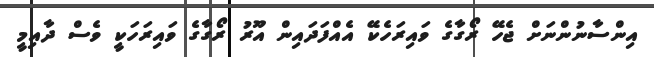
އިންސާނުންނަށް ޖެހޭ ރޯގާގެ ވައިރަހެކޭ އެއްފަދައިން އޫރު ރޯގާގެ ވައިރަހަކީ ވެސް ދާއިމީ